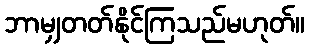
ဘာမျှတတ်နိုင်ကြသည်မဟုတ်။